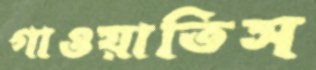
গাওয়াতিস